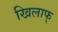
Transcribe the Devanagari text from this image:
खिलाफ्